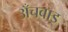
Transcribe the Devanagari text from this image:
अँचवाइ